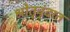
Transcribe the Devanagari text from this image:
श्रोतृवृंदात